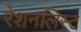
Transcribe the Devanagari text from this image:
रेशनलिस्ट